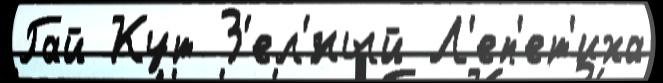
Гай Кут З'ел'́ный Л'еп'ет'иха